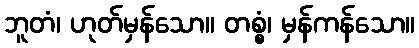
ဘူတံ၊ ဟုတ်မှန်သော။ တစ္စံ၊ မှန်ကန်သော။